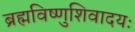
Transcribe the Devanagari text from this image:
ब्रह्मविष्णुशिवादयः